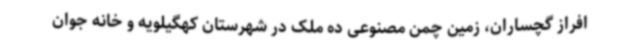
افراز گچساران، زمین چمن مصنوعی ده ملک در شهرستان کهگیلویه و خانه جوان